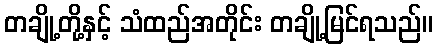
တချို့တို့နှင့် သံထည်အတိုင်း တချို့မြင်ရသည်။